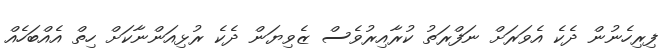
ފިރިހެނުން ދެކެ އެވަރަށް ނަފްރަތު ކުރާއިރުވެސް ޒެވިޔަން ދެކެ ރުޅިއަންނާކަށް ހިތް އެއްބަހެއް